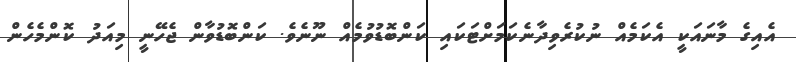
އެއިގެ މާނައަކީ އެކަމެއް ނުކުރެވިދާނެކަމަށްޓަކައި ކަންބޮޑުވުމެއް ނޫނެވެ. ކަންބޮޑުވާން ޖެހޭނީ މިއަދު ކޮންމެހެން